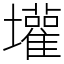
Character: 壦